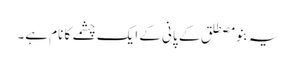
یہ بنو مصطلق کے پانی کے ایک چشمے کا نام ہے۔